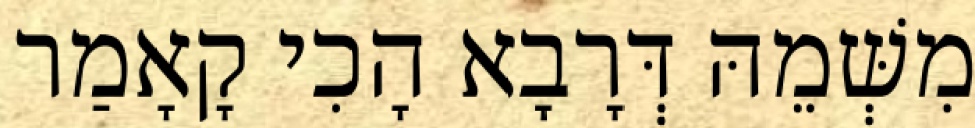
מִשְּׁמֵהּ דְּרָבָא הָכִי קָאָמַר